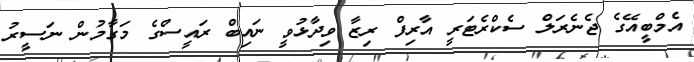
އެމްބީއޭގެ ޖެނެރަލް ސެކްރެޓަރީ އާރިފް ރިޒާ ވިދާޅުވީ ނައިބް ރައީސްގެ މަގާމުން ނަސީރު